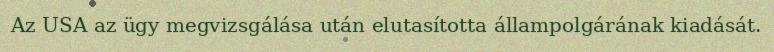
Az USA az ügy megvizsgálása után elutasította állampolgárának kiadását.